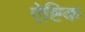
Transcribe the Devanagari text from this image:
ऐष्टिक